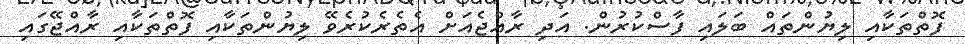
ފޮތްތަކާއި ލިޔުންތައް ބަލައި ފާސްކުރުން. އަދި ރާއްޖެއަށް އެތެރެކުރެވޭ ލިޔުންތަކާއި ފޮތްތަކާއި ރާއްޖޭގައި